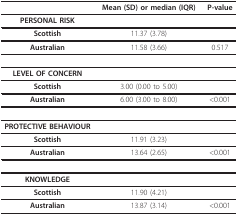
<table><thead><tr><td></td><td><b>Mean (SD) or median (IQR)</b></td><td><b>P-value</b></td></tr></thead><tbody><tr><td><b>PERSONAL RISK</b></td><td></td><td></td></tr><tr><td><b>Scottish</b></td><td>11.37 (3.78)</td><td></td></tr><tr><td><b>Australian</b></td><td>11.58 (3.66)</td><td>0.517</td></tr><tr><td><b>LEVEL OF CONCERN</b></td><td></td><td></td></tr><tr><td><b>Scottish</b></td><td>3.00 (0.00 to 5.00)</td><td></td></tr><tr><td><b>Australian</b></td><td>6.00 (3.00 to 8.00)</td><td>&lt;0.001</td></tr><tr><td><b>PROTECTIVE BEHAVIOUR</b></td><td></td><td></td></tr><tr><td><b>Scottish</b></td><td>11.91 (3.23)</td><td></td></tr><tr><td><b>Australian</b></td><td>13.64 (2.65)</td><td>&lt;0.001</td></tr><tr><td><b>KNOWLEDGE</b></td><td></td><td></td></tr><tr><td><b>Scottish</b></td><td>11.90 (4.21)</td><td></td></tr><tr><td><b>Australian</b></td><td>13.87 (3.14)</td><td>&lt;0.001</td></tr></tbody></table>